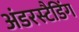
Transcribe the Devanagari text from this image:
अंडरस्टैडिंग